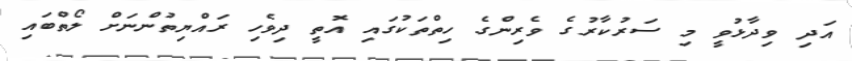
އަދި ވިދާޅުވީ މި ސަރުކާރުގެ ވެރިންގެ ހިތްތަކުގައި އޮތީ ދިވެހި ރައްޔިތުންނަށް ލޯތްބައި